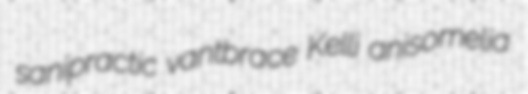
sanipractic vantbrace Kelli anisomelia